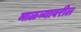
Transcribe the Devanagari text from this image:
माळव्यावरील